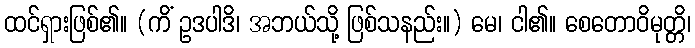
ထင်ရှားဖြစ်၏။ (ကိံ ဥဒပါဒိ၊ အဘယ်သို့ ဖြစ်သနည်း။) မေ၊ ငါ၏။ စေတောဝိမုတ္တိ၊